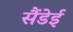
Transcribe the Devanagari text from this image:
सैंडेई